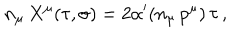
n _ { \mu } \, X ^ { \mu } ( \tau , \sigma ) = 2 \alpha ^ { \prime } ( n _ { \mu } \, p ^ { \mu } ) \, \tau \, ,